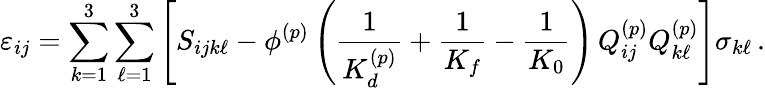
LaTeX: \varepsilon_{ij}=\sum_{k=1}^{3}\sum_{\ell=1}^{3}\left[S_{ijk\ell}-\phi^{(p)}\left(\frac{1}{K_{d}^{(p)}}+\frac{1}{K_{f}}-\frac{1}{K_{0}}\right)\, Q_{ij}^{(p)}Q_{k\ell}^{(p)}\right]\sigma_{k\ell}\, .